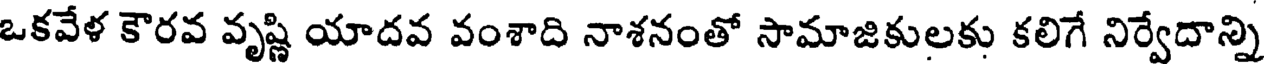
ఒకవేళ కౌరవ వృష్ణి యాదవ వంశాది నాశనంతో సామాజికులకు కలిగే నిర్వేదాన్ని